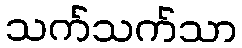
သက်သက်သာ